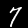
Digit: 7